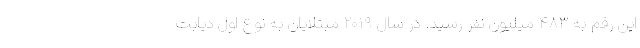
این رقم به ۴۸۳ میلیون نفر رسید. در سال ۲۰۱۹ مبتلایان به نوع اول دیابت